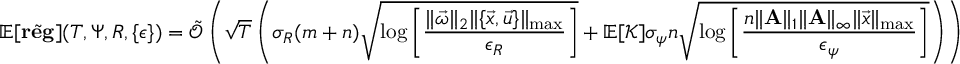
\mathbb { E } [ \tilde { \mathbf { r e g } } ] ( T , \Psi , R , \{ \epsilon \} ) = \tilde { \mathcal { O } } \left( \sqrt { T } \left( \sigma _ { R } ( m + n ) \sqrt { \log \left[ \frac { \| \vec { \omega } \| _ { 2 } \| \{ \vec { x } , \vec { u } \} \| _ { \operatorname* { m a x } } } { \epsilon _ { R } } \right] } + \mathbb { E } [ \mathcal { K } ] \sigma _ { \psi } n \sqrt { \log \left[ \frac { n \| \mathbf { A } \| _ { 1 } \| \mathbf { A } \| _ { \infty } \| \vec { x } \| _ { \operatorname* { m a x } } } { \epsilon _ { \psi } } \right] } \right) \right)